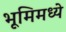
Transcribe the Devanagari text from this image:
भूमिमध्ये